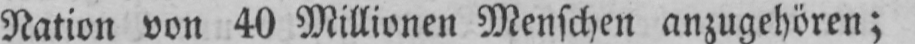
Nation von 40 Millionen Menschen anzugehören;